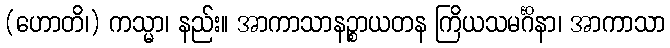
(ဟောတိ၊) ကသ္မာ၊ နည်း။ အာကာသာနဉ္စာယတန ကြိယသမင်္ဂိနာ၊ အာကာသာ